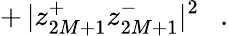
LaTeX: +\, |z_{2M+1}^{+}z_{2M+1}^{-}|^{2}\ \ \ .